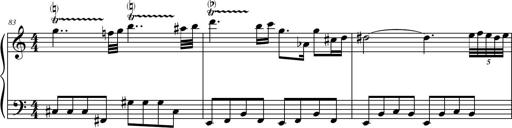
Title: Petite Sonatine
Composer: Richard St. Clair